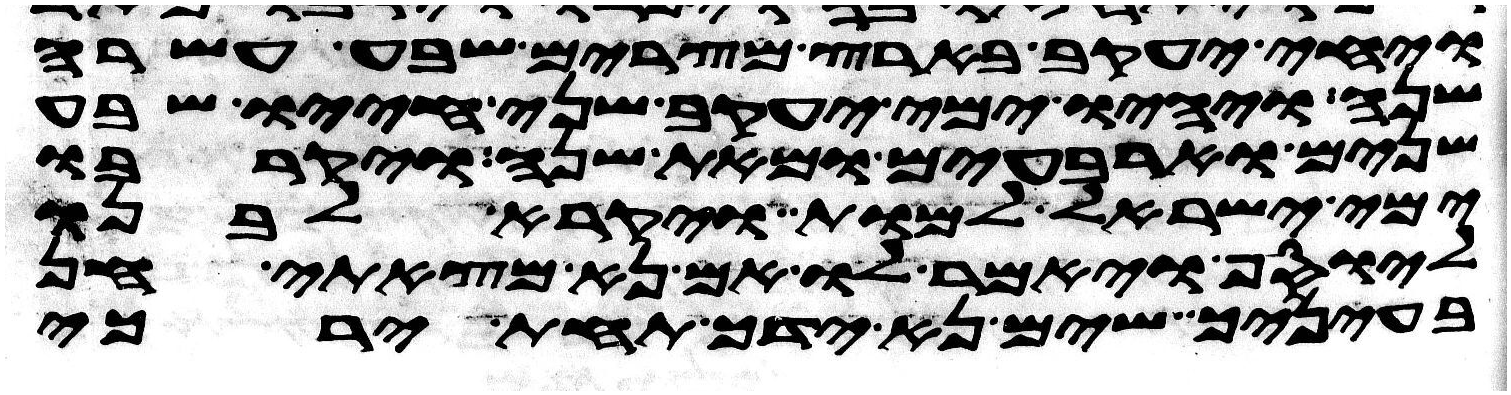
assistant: ויחי יעקב בארץ מצרים שבע עשרה
שנה ויהיו ימי יעקב שני חייו שבע
שנים וארבעים ומאת שנה ויקרבו
ימי ישראל למות ויקרא לבנו
ליוסף ויאמר לו אם נא מצאתי חן
בעיניך שים נא ידך תחת ירכי